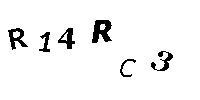
R14RC3